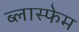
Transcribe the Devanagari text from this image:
ब्लास्फेम